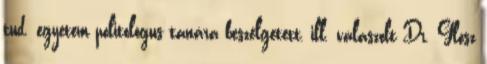
tud. egyetem politológus tanára beszélgetett, ill. válaszolt Dr. Glósz